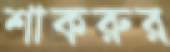
শাকরুর